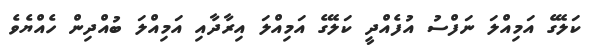
ކަލޭގެ އަމިއްލަ ނަފްސު އުފެއްދީ ކަލޭގެ އަމިއްލަ އިރާދާއި އަމިއްލަ ބުއްދިން ހެއްޔެވެ